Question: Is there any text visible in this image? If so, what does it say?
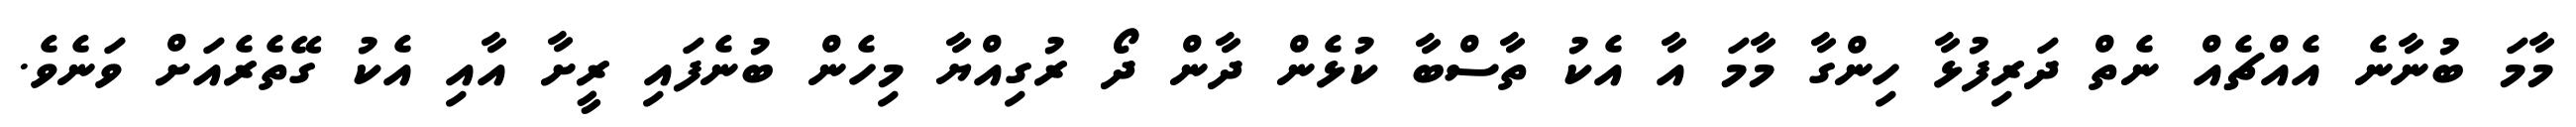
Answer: މާމަ ބުނާނެ އެއްޗެއް ނެތް ދަރިފުޅާ ހިންގާ މާމަ އާ އެކު ތާސްބާ ކުޅެން ދާން ދޯ ރުގިއްޔާ މިހެން ބުނެފައި ރީށާ އާއި އެކު ގޭތެރެއަށް ވަނެވެ.